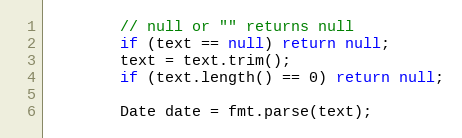
Language: Java
        // null or "" returns null
        if (text == null) return null;
        text = text.trim();
        if (text.length() == 0) return null;

        Date date = fmt.parse(text);